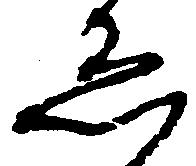
懸